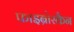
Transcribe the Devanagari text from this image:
फाइब्रोस्कैन